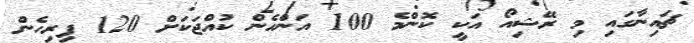
ޗައިނާގައި މި ރޭޝިއޯ އަކީ ކޮންމެ 100 އަންހެން ކުއްޖަކަށް 120 ފިރިހެން